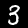
Digit: 3